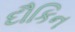
દૌકિન